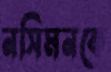
নসিমনকে